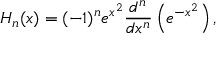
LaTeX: H _ { n } ( x ) = ( - 1 ) ^ { n } e ^ { x ^ { 2 } } { \frac { d ^ { n } } { d x ^ { n } } } \left( e ^ { - x ^ { 2 } } \right) ,